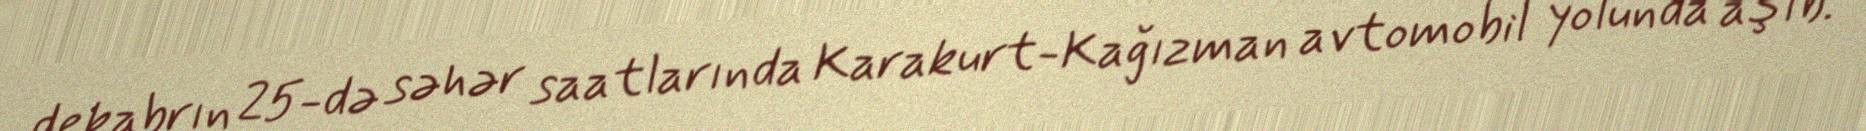
dekabrın 25-də səhər saatlarında Karakurt-Kağızman avtomobil yolunda aşıb.